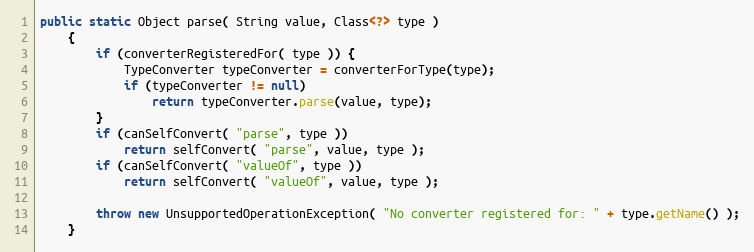
Language: Java
public static Object parse( String value, Class<?> type )
    {
        if (converterRegisteredFor( type )) {
            TypeConverter typeConverter = converterForType(type);
            if (typeConverter != null)
                return typeConverter.parse(value, type);
        }
        if (canSelfConvert( "parse", type ))
            return selfConvert( "parse", value, type );
        if (canSelfConvert( "valueOf", type ))
            return selfConvert( "valueOf", value, type );

        throw new UnsupportedOperationException( "No converter registered for: " + type.getName() );
    }